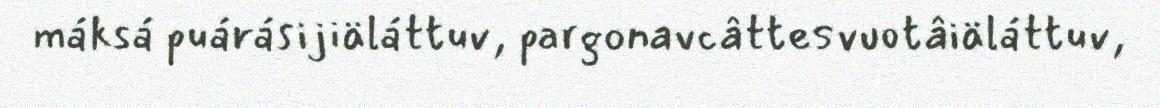
máksá puárásijiäláttuv, pargonavcâttesvuotâiäláttuv,